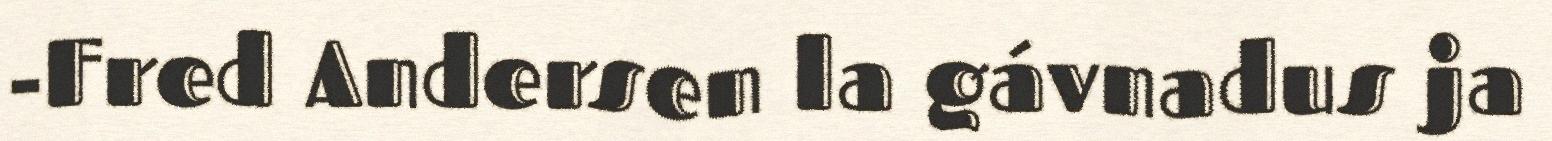
-Fred Andersen la gávnadus ja